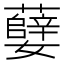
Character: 㜸